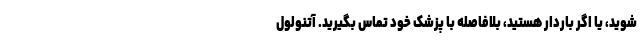
شوید، یا اگر باردار هستید، بلافاصله با پزشک خود تماس بگیرید. آتنولول